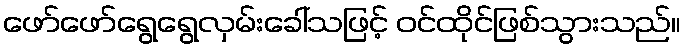
ဖော်ဖော်ရွေရွေလှမ်းခေါ်သဖြင့် ဝင်ထိုင်ဖြစ်သွားသည်။